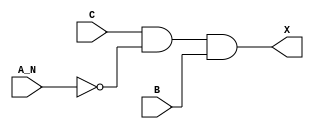
module sky130_fd_sc_ls__and3b (
    X  ,
    A_N,
    B  ,
    C
);

    // Module ports
    output X  ;
    input  A_N;
    input  B  ;
    input  C  ;

    // Module supplies
    supply1 VPWR;
    supply0 VGND;
    supply1 VPB ;
    supply0 VNB ;

    // Local signals
    wire not0_out  ;
    wire and0_out_X;

    //  Name  Output      Other arguments
    not not0 (not0_out  , A_N            );
    and and0 (and0_out_X, C, not0_out, B );
    buf buf0 (X         , and0_out_X     );

endmodule